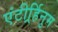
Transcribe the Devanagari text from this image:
एंटीर्र्हिनुम